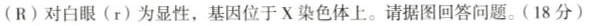
(R)对白眼(r)为显性，基因位于X染色体上。请据图回答问题。(18分)